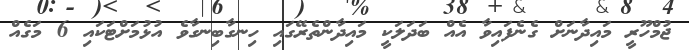
ޖުމްހޫރީ މައިދާނަށް ގެނެފައިވާ އެއް ބަދަލަކީ މައިދާންތެރޭގައި ހިނގާބިނގާވެ އުޅުމަށްޓަކައި 6 މަގެއް